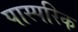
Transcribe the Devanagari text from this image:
पास्‍परिक